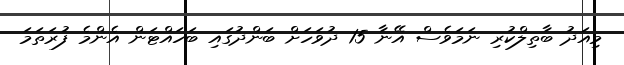
މިއަދު ބާތިލްކުރި ނަމަވެސް އޭނާ 15 ދުވަހަށް ބަންދުގައި ބަހައްޓަން އެންމެ ފުރަތަމަ